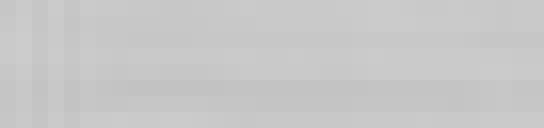
.